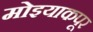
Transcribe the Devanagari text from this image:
मोइयाकपूर